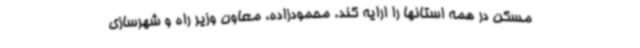
مسکن در همه استانها را ارایه کند. محمودزاده، معاون وزیر راه و شهرسازی